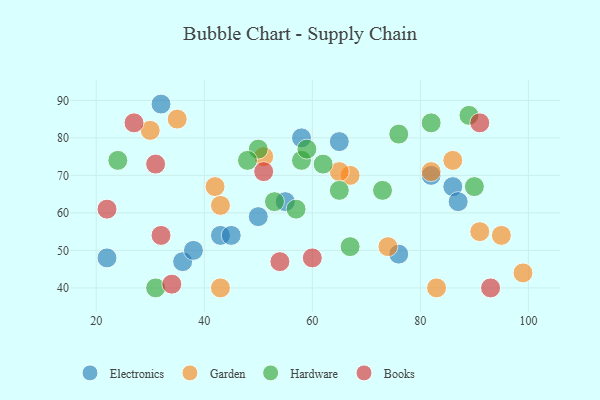
{"axis": {"x": "GDP", "y": "Life Expectancy"}, "legend": ["Books", "Electronics", "Garden", "Hardware"], "data": [{"x": "86", "y": 67, "type": "Electronics"}, {"x": "65", "y": 79, "type": "Electronics"}, {"x": "58", "y": 80, "type": "Electronics"}, {"x": "36", "y": 47, "type": "Electronics"}, {"x": "32", "y": 89, "type": "Electronics"}, {"x": "82", "y": 70, "type": "Electronics"}, {"x": "55", "y": 63, "type": "Electronics"}, {"x": "87", "y": 63, "type": "Electronics"}, {"x": "43", "y": 54, "type": "Electronics"}, {"x": "76", "y": 49, "type": "Electronics"}, {"x": "38", "y": 50, "type": "Electronics"}, {"x": "22", "y": 48, "type": "Electronics"}, {"x": "50", "y": 59, "type": "Electronics"}, {"x": "45", "y": 54, "type": "Electronics"}, {"x": "86", "y": 74, "type": "Garden"}, {"x": "43", "y": 40, "type": "Garden"}, {"x": "91", "y": 55, "type": "Garden"}, {"x": "95", "y": 54, "type": "Garden"}, {"x": "83", "y": 40, "type": "Garden"}, {"x": "42", "y": 67, "type": "Garden"}, {"x": "99", "y": 44, "type": "Garden"}, {"x": "74", "y": 51, "type": "Garden"}, {"x": "43", "y": 62, "type": "Garden"}, {"x": "51", "y": 75, "type": "Garden"}, {"x": "82", "y": 71, "type": "Garden"}, {"x": "67", "y": 70, "type": "Garden"}, {"x": "35", "y": 85, "type": "Garden"}, {"x": "30", "y": 82, "type": "Garden"}, {"x": "65", "y": 71, "type": "Garden"}, {"x": "50", "y": 77, "type": "Hardware"}, {"x": "24", "y": 74, "type": "Hardware"}, {"x": "58", "y": 74, "type": "Hardware"}, {"x": "48", "y": 74, "type": "Hardware"}, {"x": "76", "y": 81, "type": "Hardware"}, {"x": "73", "y": 66, "type": "Hardware"}, {"x": "90", "y": 67, "type": "Hardware"}, {"x": "62", "y": 73, "type": "Hardware"}, {"x": "65", "y": 66, "type": "Hardware"}, {"x": "57", "y": 61, "type": "Hardware"}, {"x": "31", "y": 40, "type": "Hardware"}, {"x": "82", "y": 84, "type": "Hardware"}, {"x": "89", "y": 86, "type": "Hardware"}, {"x": "59", "y": 77, "type": "Hardware"}, {"x": "53", "y": 63, "type": "Hardware"}, {"x": "67", "y": 51, "type": "Hardware"}, {"x": "60", "y": 48, "type": "Books"}, {"x": "93", "y": 40, "type": "Books"}, {"x": "34", "y": 41, "type": "Books"}, {"x": "91", "y": 84, "type": "Books"}, {"x": "32", "y": 54, "type": "Books"}, {"x": "51", "y": 71, "type": "Books"}, {"x": "31", "y": 73, "type": "Books"}, {"x": "22", "y": 61, "type": "Books"}, {"x": "54", "y": 47, "type": "Books"}, {"x": "27", "y": 84, "type": "Books"}]}